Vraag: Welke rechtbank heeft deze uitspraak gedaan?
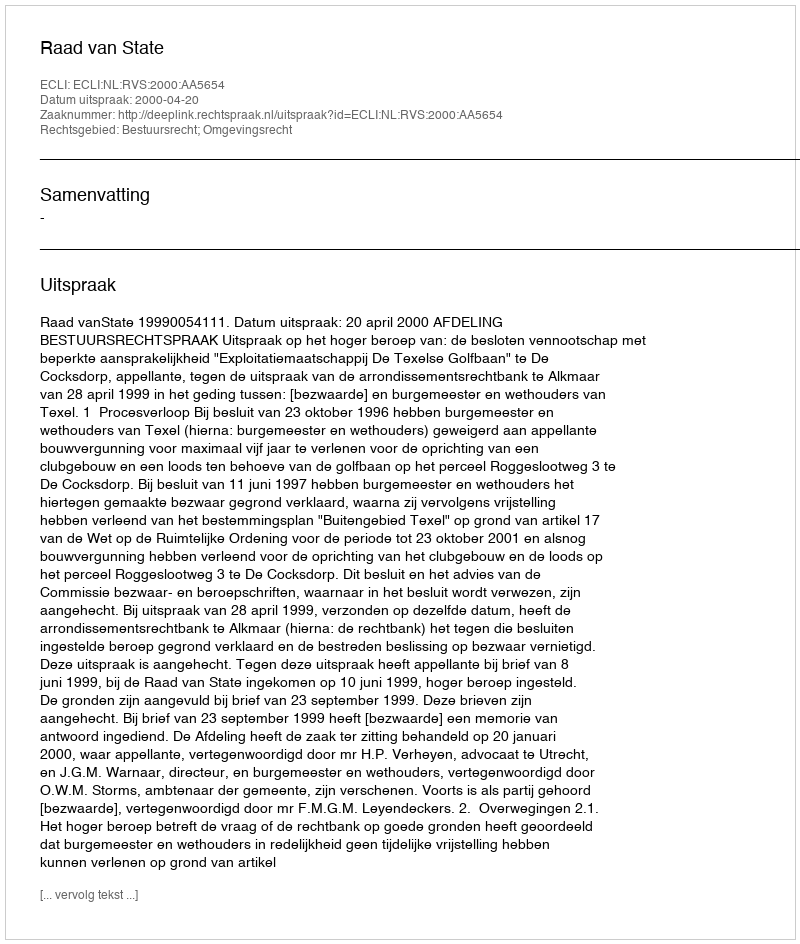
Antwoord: Raad van State